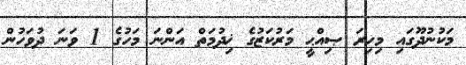
މަކުނުދޫގައި މިހިރަ ޞިއްޙީ މަރުކަޒުގެ ޚިދުމަތް އަންނަ މަހުގެ 1 ވަނަ ދުވަހުން